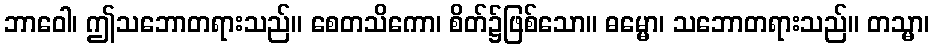
ဘာဝေါ၊ ဤသဘောတရားသည်။ စေတသိကော၊ စိတ်၌ဖြစ်သော။ ဓမ္မော၊ သဘောတရားသည်။ တသ္မာ၊